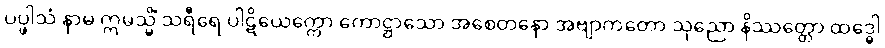
ပပ္ဖါသံ နာမ ဣမသ္မိံ သရီရေ ပါဋိယေက္ကော ကောဋ္ဌာသော အစေတနော အဗျာကတော သုညော နိဿတ္တော ထဒ္ဓေါ